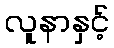
လူနာနှင့်